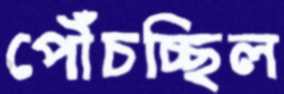
পৌঁচচ্ছিল